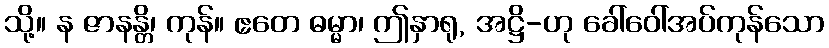
သို့။ န ဇာနန္တိ၊ ကုန်။ ဧတေ ဓမ္မာ၊ ဤနှာရု, အဋ္ဌိ-ဟု ခေါ်ဝေါ်အပ်ကုန်သော